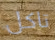
تاكل